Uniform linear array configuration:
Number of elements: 32
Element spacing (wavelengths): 0.25
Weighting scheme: kaiser
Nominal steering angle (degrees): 0
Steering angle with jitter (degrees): -1.35
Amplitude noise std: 0.05
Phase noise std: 0.05

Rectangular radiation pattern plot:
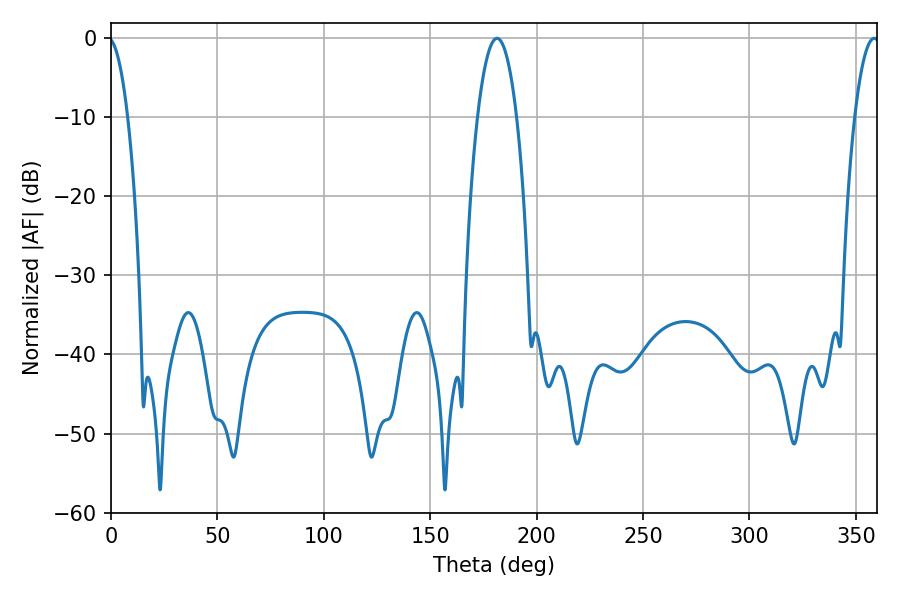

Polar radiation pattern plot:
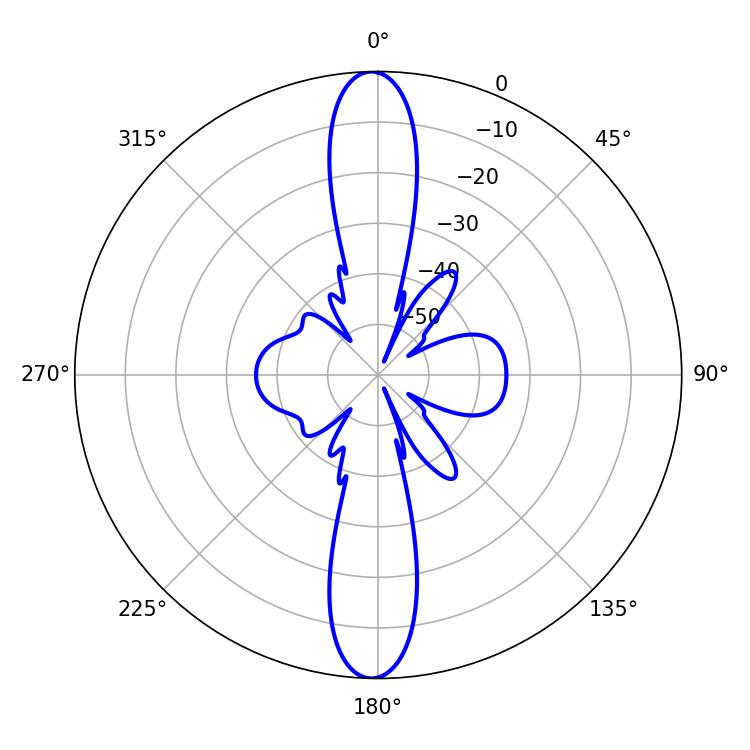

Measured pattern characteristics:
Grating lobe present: FALSE
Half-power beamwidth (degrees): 6.48
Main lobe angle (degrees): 358.56